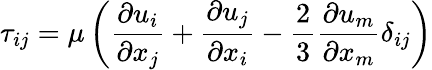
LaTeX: \tau_{ij}=\mu\left(\frac{\partial{u_{i}}}{\partial{x_{j}}}+\frac{\partial{u_{j}}}{\partial{x_{i}}}-\frac{2}{3}\frac{\partial{u_{m}}}{\partial{x_{m}}}\delta_{ij}\right)